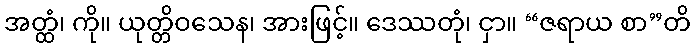
အတ္ထံ၊ ကို။ ယုတ္တိဝသေန၊ အားဖြင့်။ ဒေဿတုံ၊ ငှာ။ “ဇရာယ စာ”တိ